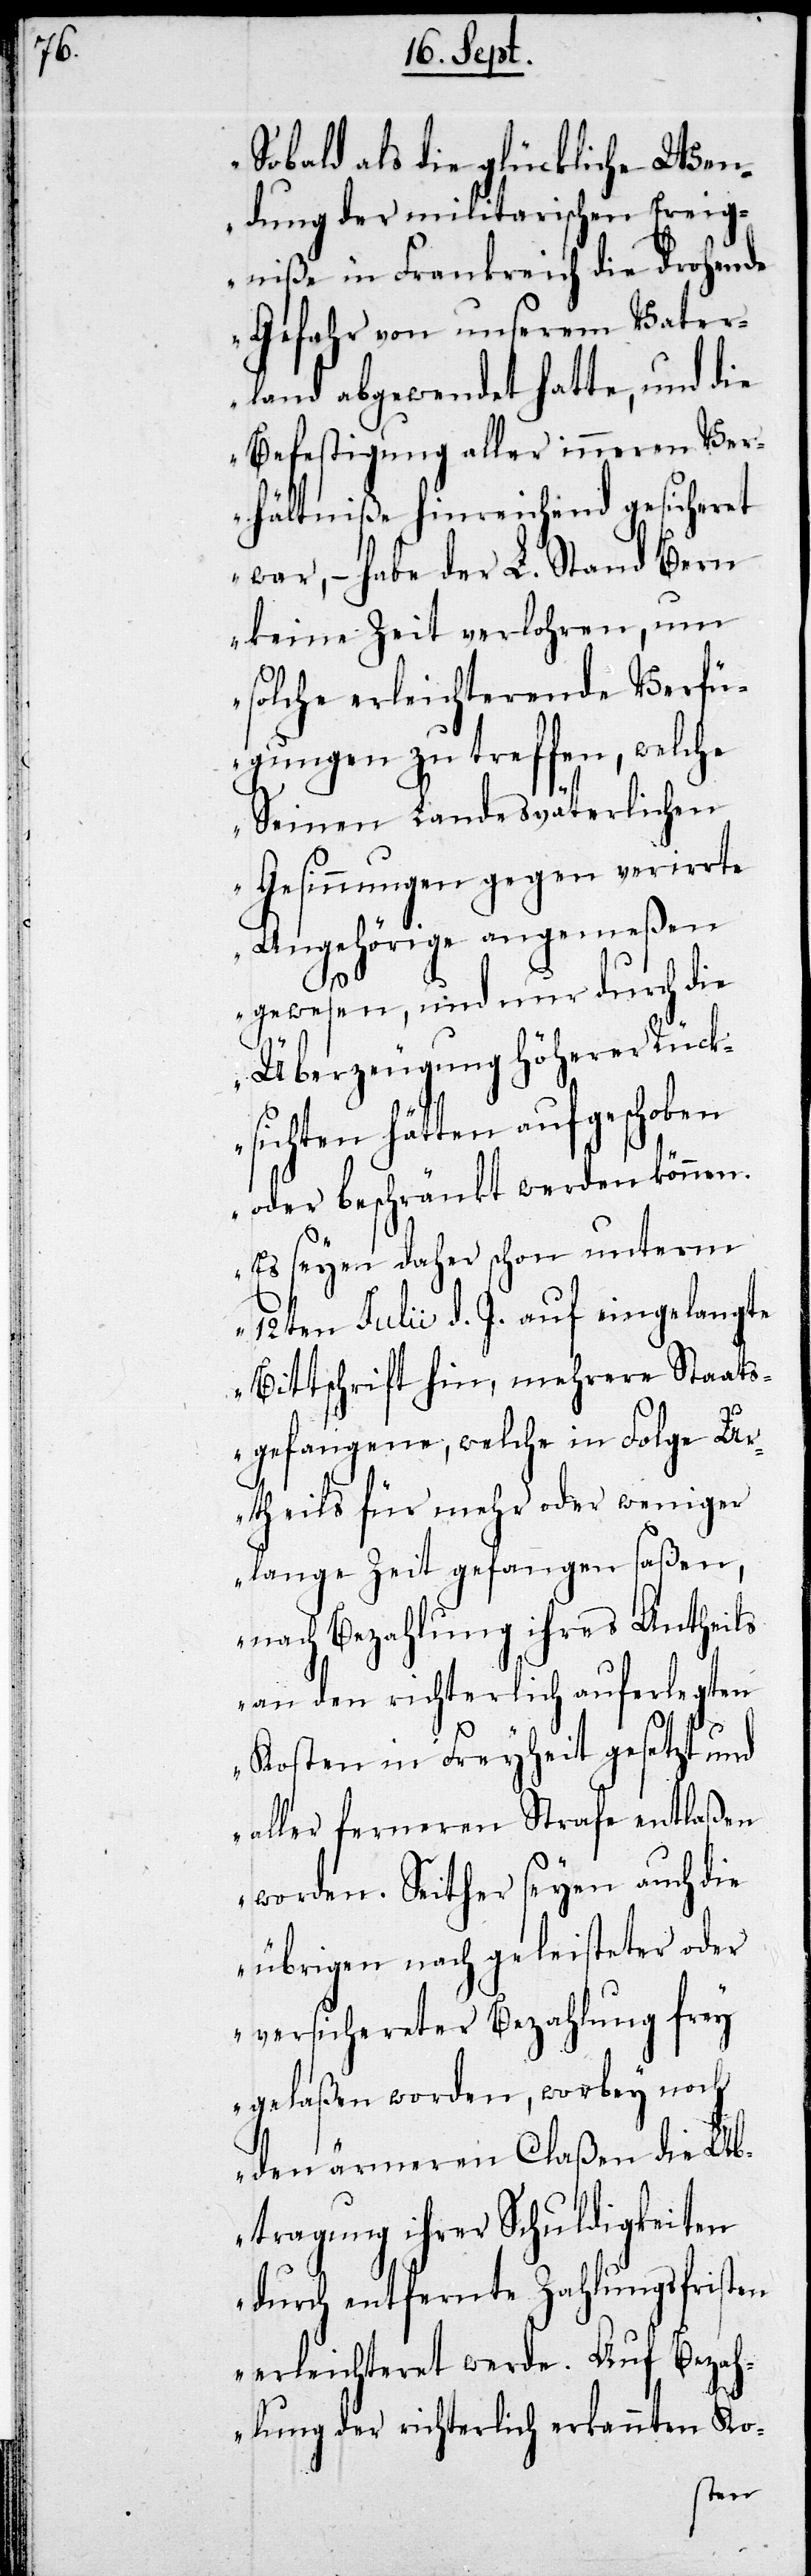
„Sobald als die glückliche Wen¬
dung der militarischen Ereig¬
niße in Frankreich die drohende
Gefahr von unserem Vater¬
land abgewendet hatte, und die
Befestigung aller inneren Ver¬
hältniße hinreichend gesicheret
war, – habe der L. Stand Bern
keine Zeit verlohren, um
solche erleichterende Verfü¬
gungen zu treffen, welche
Seinen Landesväterlichen
Gesinnungen gegen verirrte
Angehörige angemeßen
ragung
gewesen, und nur durch die
Überzeugung Höherer Rück¬
sichten hätten aufgehoben
oder beschränkt werden können.
Es seyen daher schon unterm
12ten Julii d. J. auf eingelangte
Bittschrift hin, mehrere Staats¬
gefangene, welche in Folge U¬
rtheils für mehr oder weniger
lange Zeit gefangen saßen,
nach Bezahlung ihres Antheils
an den richterlich auferlegten
Kosten in Freyheit gesetzt und
aller fernern Strafe entlaßen
worden. Seither seyen auch die
übrigen nach geleisteter oder
versicherter Bezahlung frey
gelaßen worden, worbey noch
den ärmeren Claßen die Abt¬
durch entfernte Zahlungsfristen
erleichteret werde. Auf Bezah¬
lung der richterlich erkannten Ko-